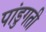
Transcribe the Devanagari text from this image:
पांडुगती